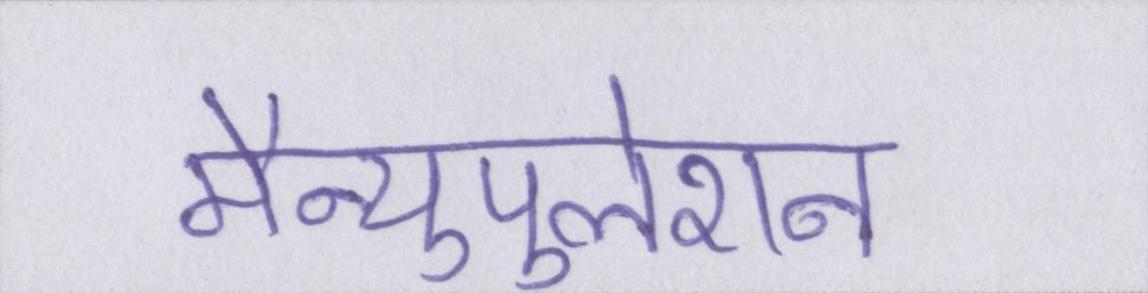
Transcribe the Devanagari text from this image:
मैन्युपुलेशन